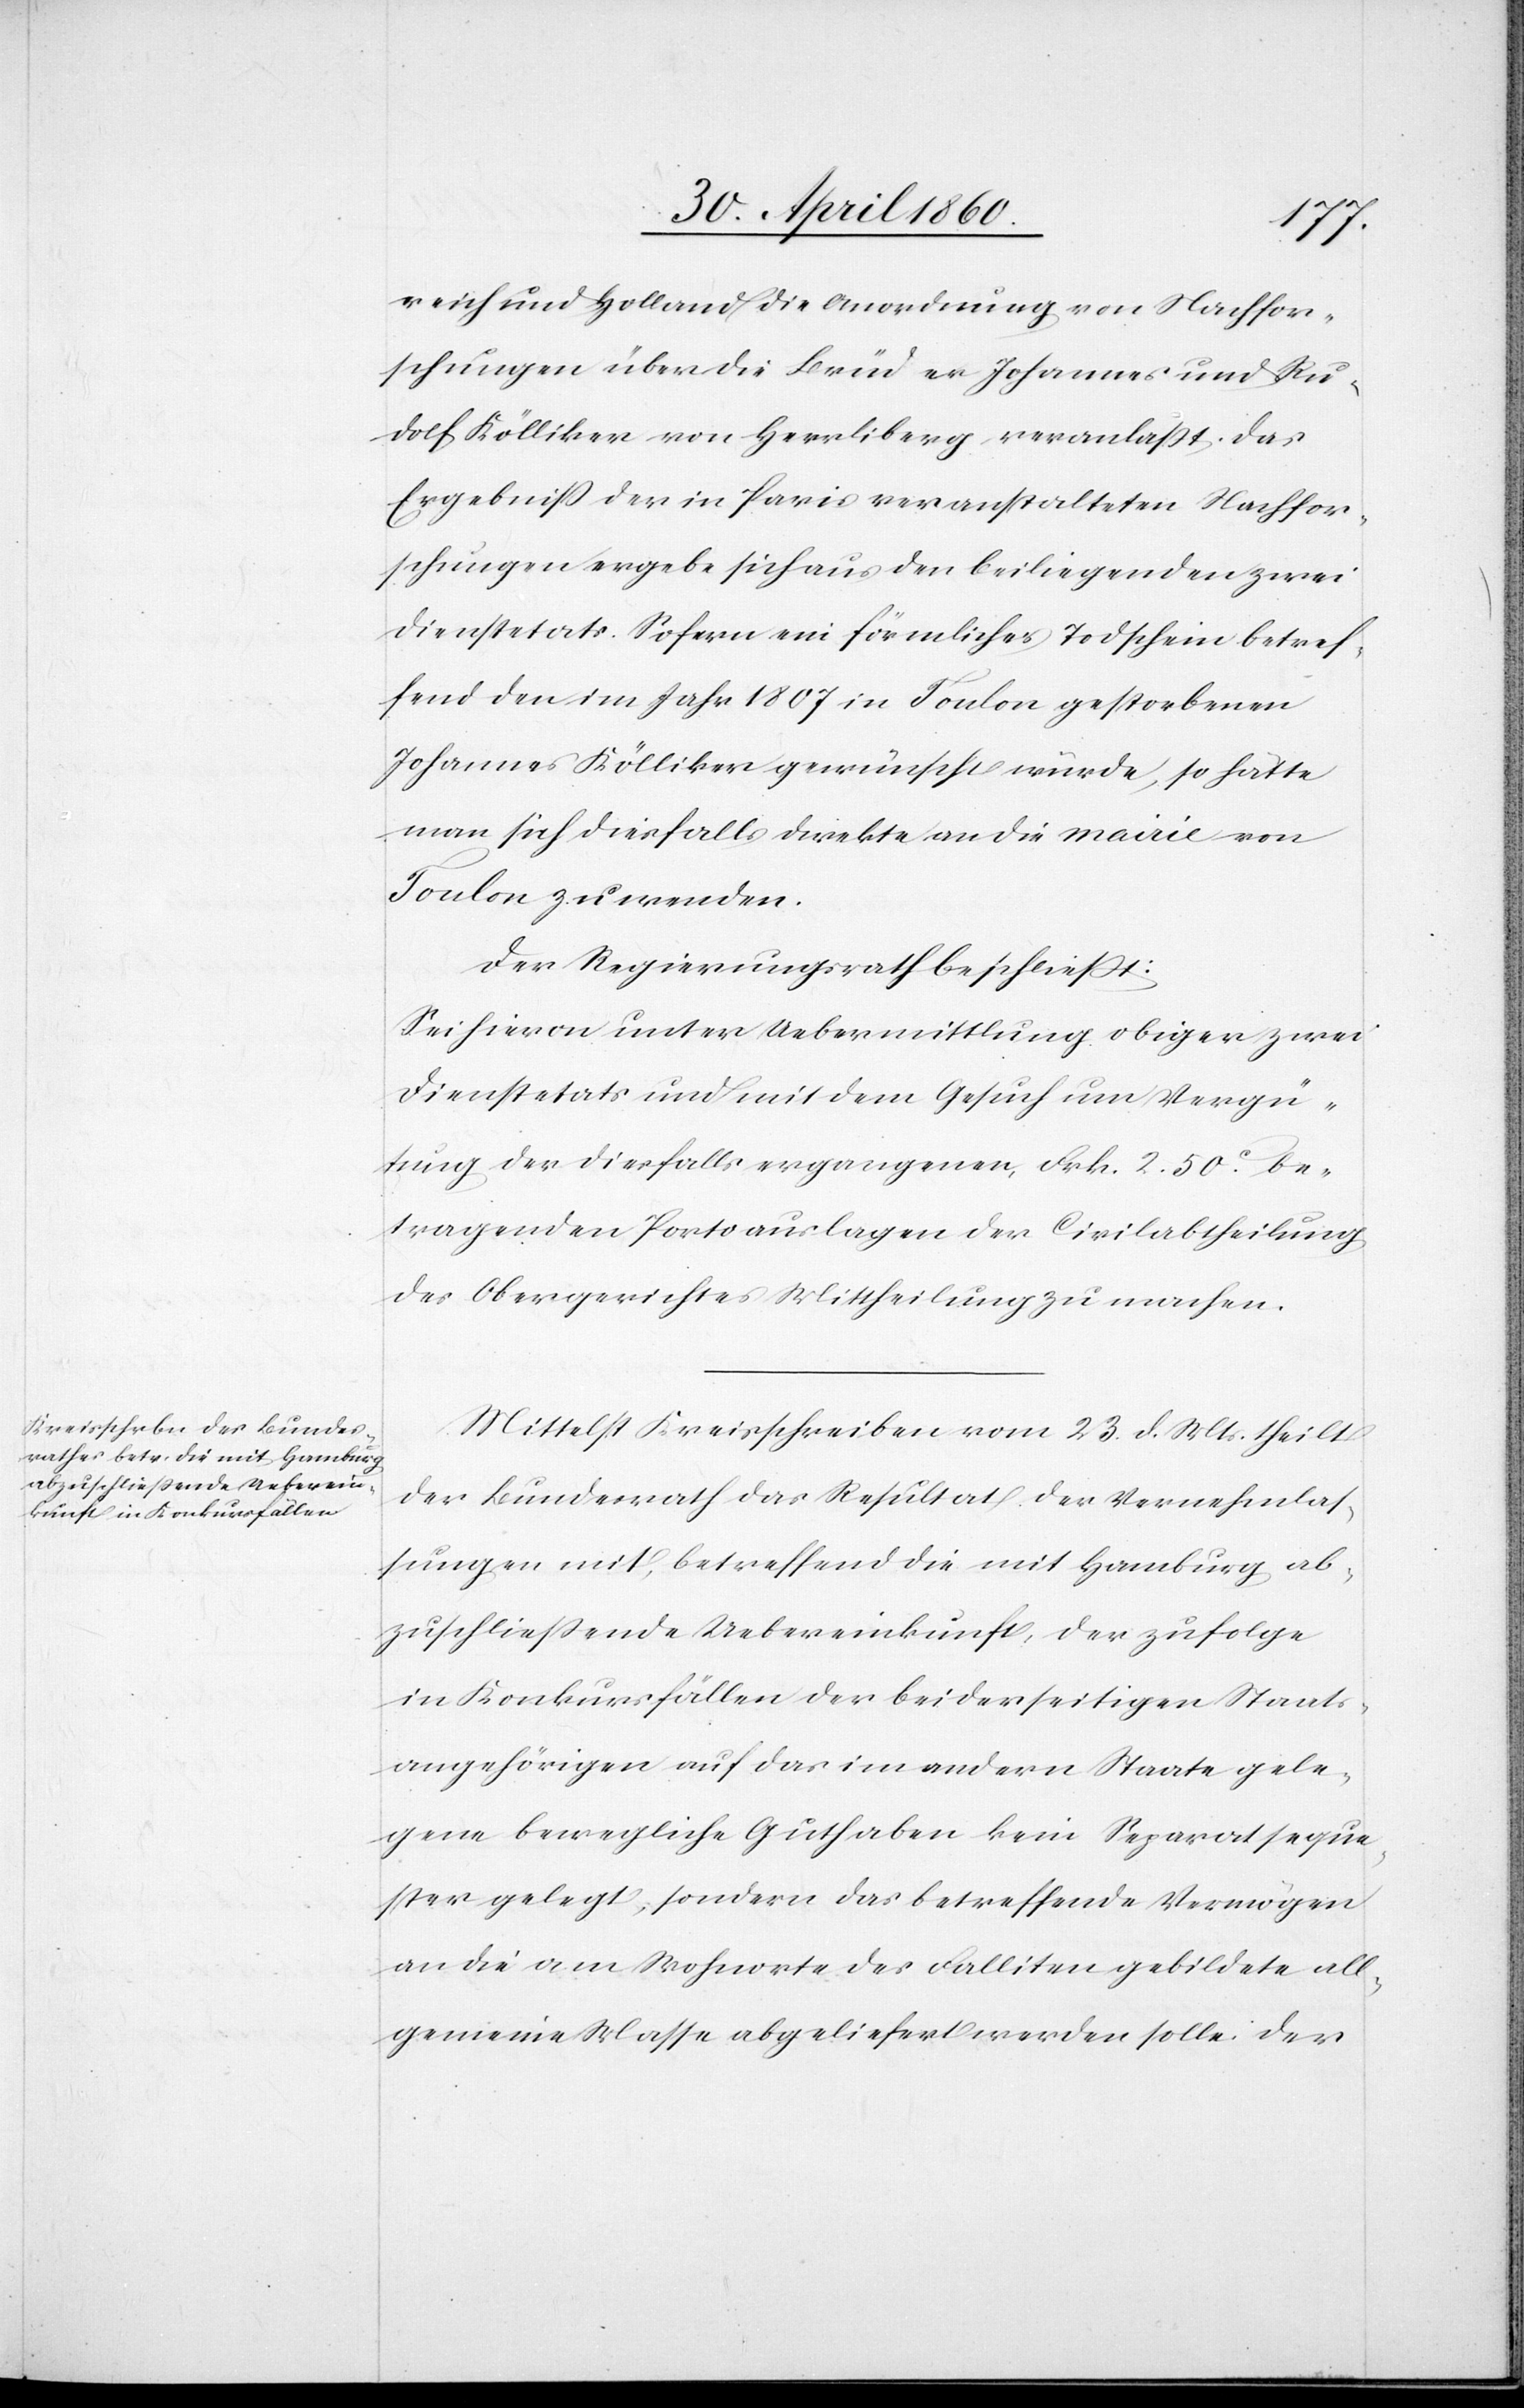
reich und Holland die Anordnung von Nachfor¬
schungen über die Brüder Johannes und Ru¬
dolf Kölliker von Herrliberg veranlasst, das
Ergebniss der in Paris veranstalteten Nachfor¬
schungen ergebe sich aus den beiliegenden zwei
Dienstetats. Sofern ein förmlicher Todtschein betref¬
fend den im Jahr 1807 in Toulon gestorbenen
Johannes Kölliker gewünscht würde, so hätte
man sich diesfalls direkte an die mairie von
Toulon zu wenden.
Der Regierungsrath beschliesst:
Sei hievon unter Uebermittlung obiger zwei
Dienstetats und mit dem Gesuch um Vergü¬
tung der diesfalls ergangenen Frk. 2 50C be¬
tragenden Portoauslagen der Civilabtheilung
des Obergerichtes ihre Mittheilung zu machen.
Mittelst Kreisschreiben vom 23. d. Mts. theilt
der Bundesrath das Resultat der Vernehmlas¬
sungen mit, betreffend die mit Hamburg ab¬
zuschließende Uebereinkunft, der zu folge
in Konkursfällen der beiderseitigen Staats¬
angehörigen auf das im andern Staate gele¬
gene bewegliche Guthaben kein Separatseque¬
ster gelegt, sondern das betreffende Vermögen
an die am Wohnorte des Falliten gebildete all¬
gemeine Masse abgeliefert werden solle. Der